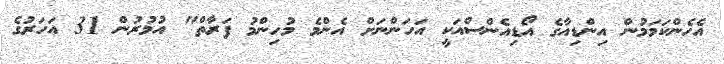
އެހެންކަމަމުން އިންޑިއާގެ އޯޑިއެންސްއަކީ އަހަންނަށް އެންމެ މުހިންމު ފަރާތް" އުމުރުން 31 އަހަރުގެ